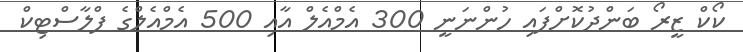
ކޯކް ޒީރޯ ބަންދުކޮށްފައި ހުންނަނީ 300 އެމްއެލް އާއި 500 އެމްއެލްގެ ޕްލާސްޓިކް